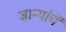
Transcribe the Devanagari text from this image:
ज्ञान्यांचें